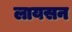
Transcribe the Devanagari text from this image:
लायसन